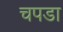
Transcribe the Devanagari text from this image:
चपडा